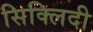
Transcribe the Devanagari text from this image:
सिक्लिदी